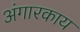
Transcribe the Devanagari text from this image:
अंगारकाय